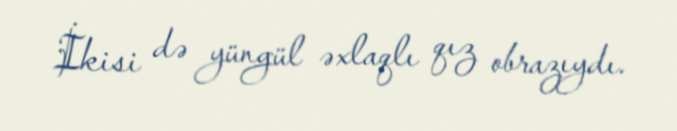
İkisi də yüngül əxlaqlı qız obrazıydı.